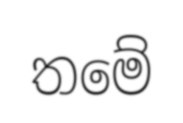
තමේ